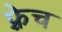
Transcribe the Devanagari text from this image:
फ़्रेच